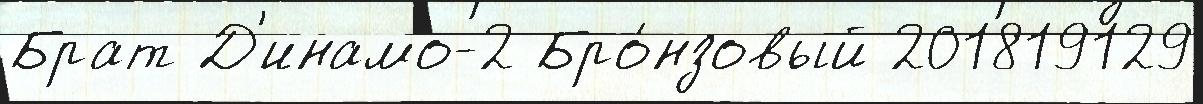
Брат Д'инамо-2 Бро́нзовый 201819129